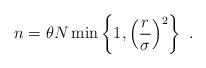
LaTeX: \begin{align*} n=\theta N \min\left\{1,\left(\frac{r}{\sigma}\right)^2\right\}~.\end{align*}